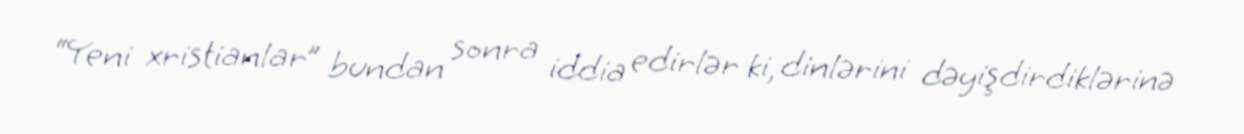
“Yeni xristianlar” bundan sonra iddia edirlər ki, dinlərini dəyişdirdiklərinə